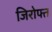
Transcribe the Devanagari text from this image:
जिरोफ्त